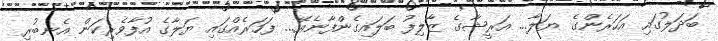
ބަދަލުގައި އަހަރެންގެ ޔަލާ... އަރީޝާގެ ޒާލިފު ބަލައިގެންފާނެއޭ... ފަހަރެއްގައި ޔަލާގެ އުފާވެރިކަން އެނބުރި